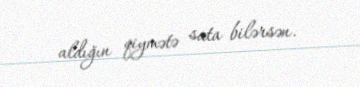
aldığın qiymətə sata bilərsən.